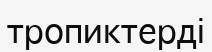
тропиктерді